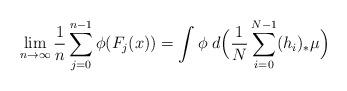
LaTeX: \begin{align*}\lim_{n\to\infty} \frac1n \sum_{j=0}^{n-1} \phi(F_j(x)) = \int \phi \; d \Big( \frac1N\sum_{i=0}^{N-1} (h_i)_*\mu\Big)\end{align*}